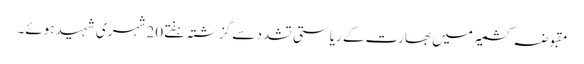
مقبوضہ کشمیرمیں بھارت کے ریاستی تشدد سے گزشتہ ہفتے20 شہری شہید ہوئے۔